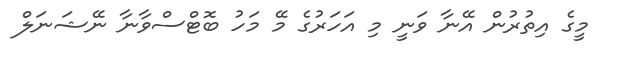
މީގެ އިތުރުން އޭނާ ވަނީ މި އަހަރުގެ މޭ މަހު ބޮޓްސްވާނާ ނޭޝަނަލް